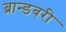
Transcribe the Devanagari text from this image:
ब्रान्डबरी